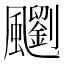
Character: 䬟